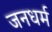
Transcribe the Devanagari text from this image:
जनधर्म